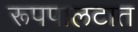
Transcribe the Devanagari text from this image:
रूपपालटात